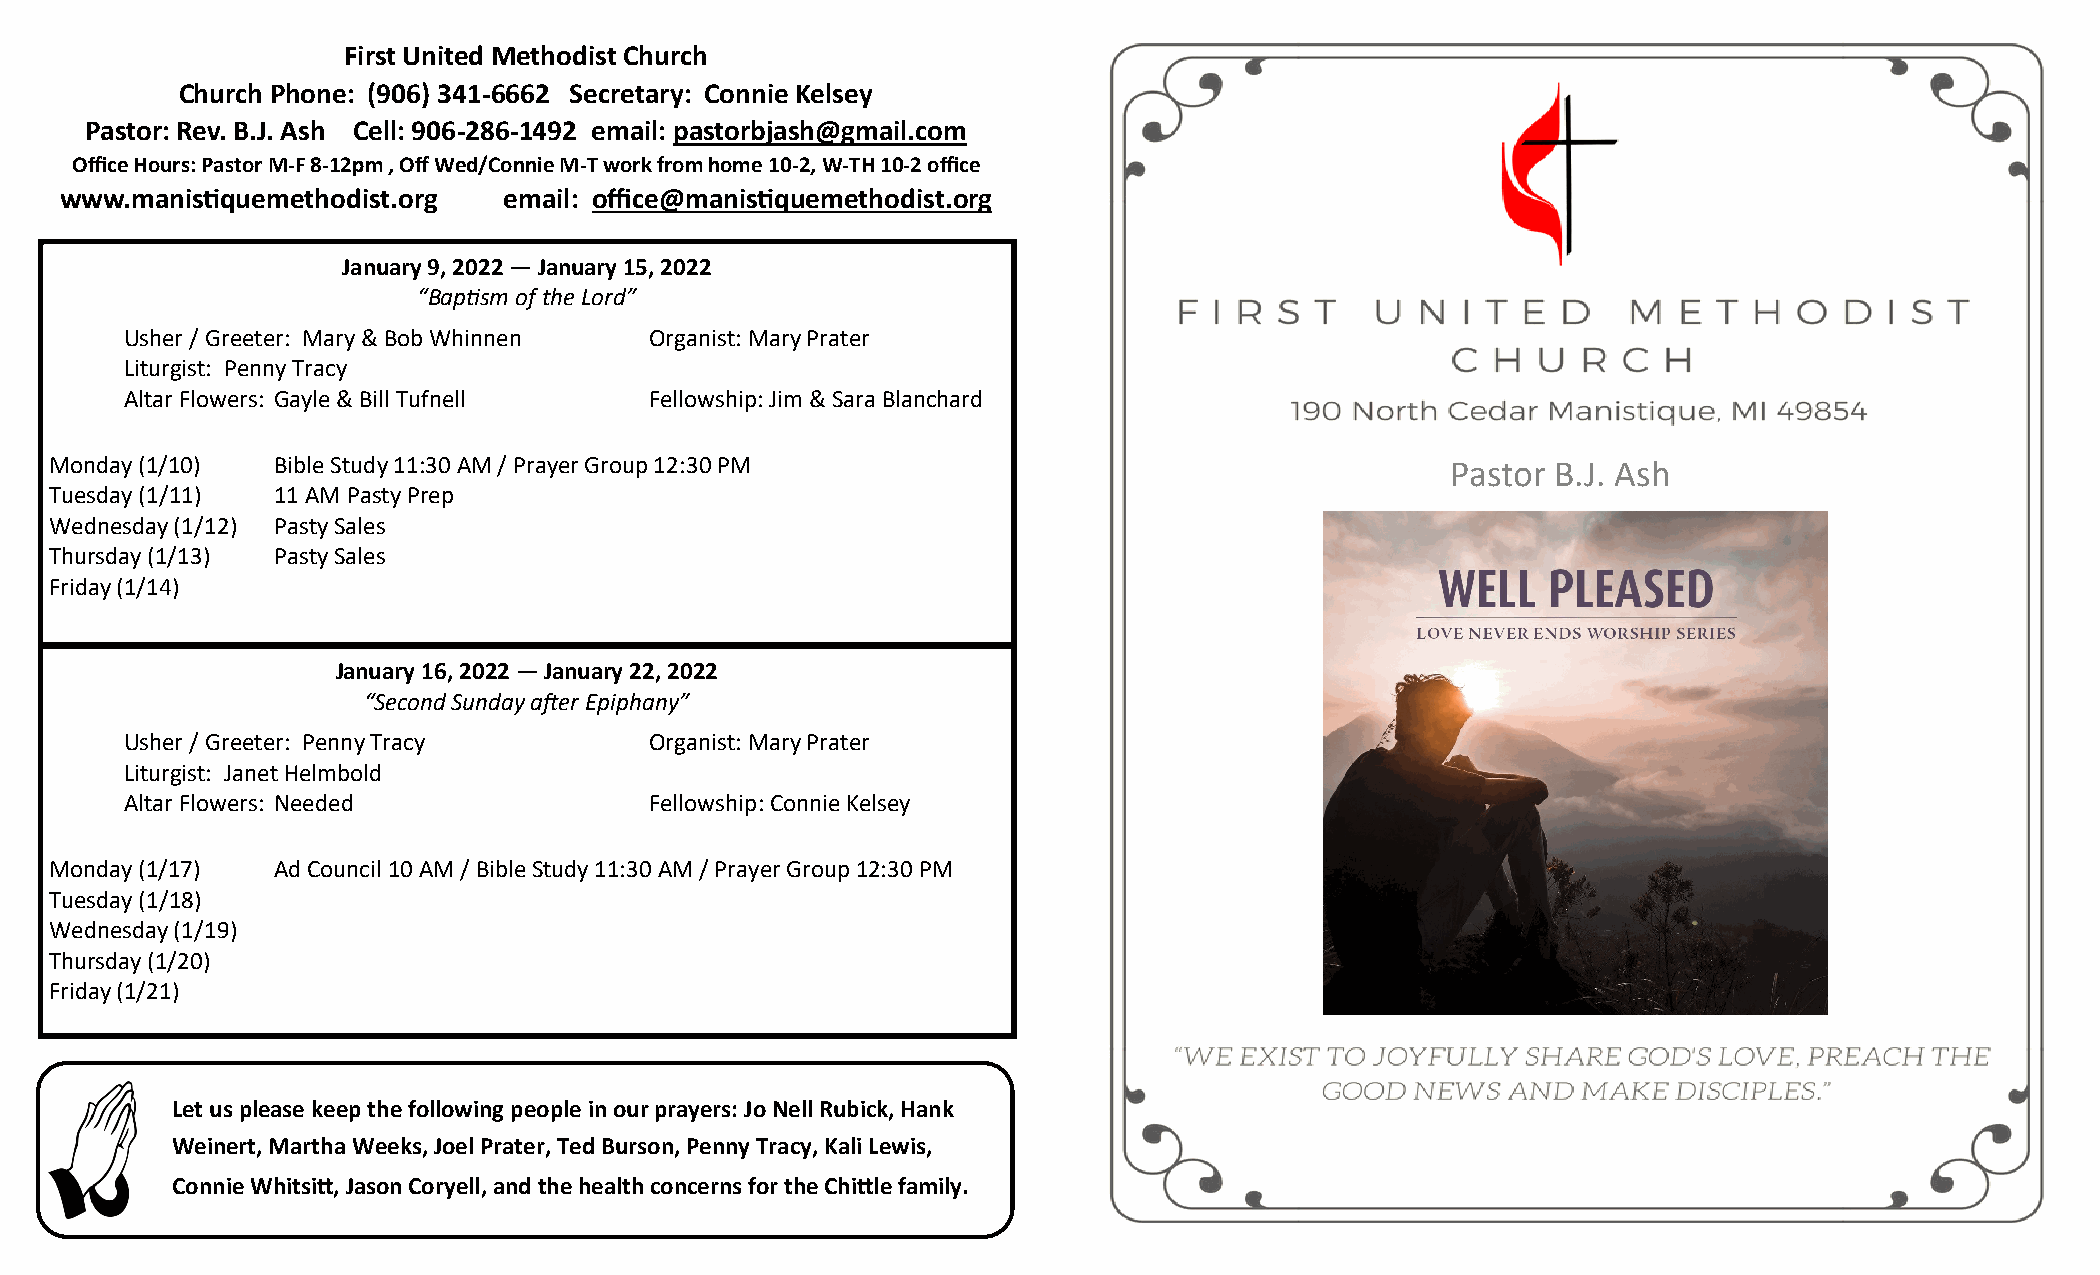
First United Methodist Church
 Church Phone: (906) 341-6662 Secretary: Connie Kelsey
 Pastor: Rev. B.J. Ash Cell: 906-286-1492 email: pastorbjash@gmail.com
 Office Hours: Pastor M-F 8-12pm , Off Wed/Connie M-T work from home 10-2, W-TH 10-2 office
 www.manistiquemethodist.org  email: office@manistiquemethodist.org
 January 9, 2022 — January 15, 2022
 “Baptism of the Lord”
 Usher / Greeter: Mary & Bob Whinnen Organist: Mary Prater
 Liturgist: Penny Tracy
 Altar Flowers: Gayle & Bill Tufnell Fellowship: Jim & Sara Blanchard
 Monday (1/10)  Bible Study 11:30 AM / Prayer Group 12:30 PM                                  Pastor B.J. Ash
 Tuesday (1/11) 11 AM Pasty Prep
 Wednesday (1/12) Pasty Sales
 Thursday (1/13) Pasty Sales
 Friday (1/14)
 January 16, 2022 — January 22, 2022
 “Second Sunday after Epiphany”
 Usher / Greeter: Penny Tracy       Organist: Mary Prater
 Liturgist: Janet Helmbold
 Altar Flowers: Needed              Fellowship: Connie Kelsey
 Monday (1/17)  Ad Council 10 AM / Bible Study 11:30 AM / Prayer Group 12:30 PM
 Tuesday (1/18)
 Wednesday (1/19)
 Thursday (1/20)
 Friday (1/21)
 Let us please keep the following people in our prayers: Jo Nell Rubick, Hank
 Weinert, Martha Weeks, Joel Prater, Ted Burson, Penny Tracy, Kali Lewis,
 Connie Whitsitt, Jason Coryell, and the health concerns for the Chittle family.